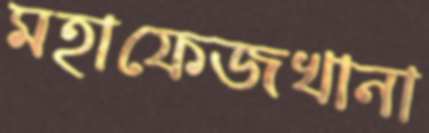
মহাফেজখানা